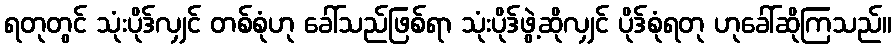
ရတုတွင် သုံးပိုဒ်လျှင် တစ်စုံဟု ခေါ်သည်ဖြစ်ရာ သုံးပိုဒ်ဖွဲ့ဆိုလျှင် ပိုဒ်စုံရတု ဟုခေါ်ဆိုကြသည်။